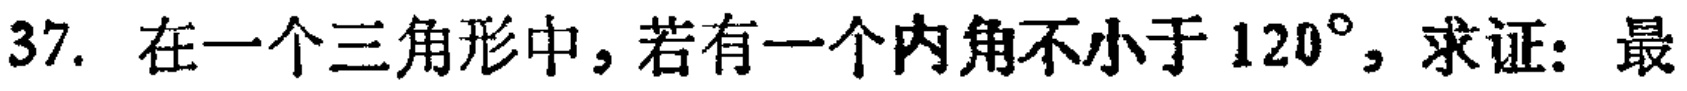
37. 在一个三角形中，若有一个内角不小于 \(120^{\circ}\)，求证：最